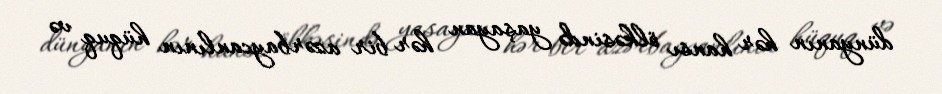
dünyanın hər hansı ölkəsində yaşayan hər bir azərbaycanlının hüquq və